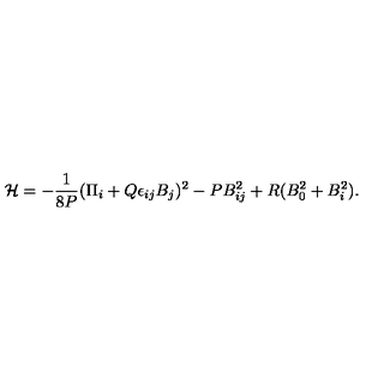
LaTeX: { \cal H } = - { \frac { 1 } { 8 P } } ( \Pi _ { i } + Q \epsilon _ { i j } B _ { j } ) ^ { 2 } - P B _ { i j } ^ { 2 } + R ( B _ { 0 } ^ { 2 } + B _ { i } ^ { 2 } ) .